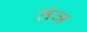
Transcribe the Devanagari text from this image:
तंञ